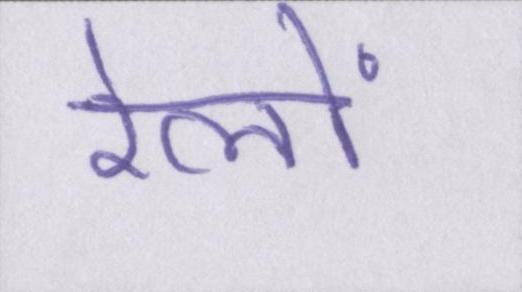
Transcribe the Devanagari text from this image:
रेलों